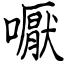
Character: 嚈